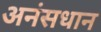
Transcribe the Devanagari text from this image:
अनंसधान